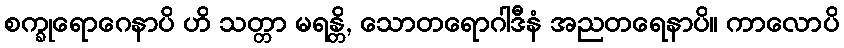
စက္ခုရောဂေနာပိ ဟိ သတ္တာ မရန္တိ, သောတရောဂါဒီနံ အညတရေနာပိ။ ကာလောပိ